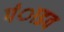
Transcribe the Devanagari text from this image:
पंाडव